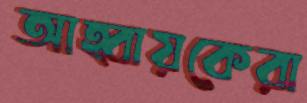
আহ্বায়কেরা